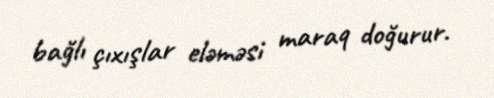
bağlı çıxışlar eləməsi maraq doğurur.